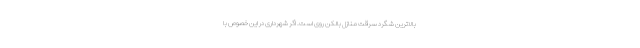
بالاترین شگرد سرقت منازل بالکن روی است. اگر شهرداری در این خصوص با